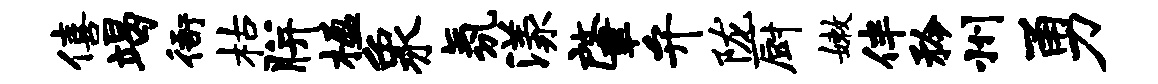
僖竭衙枯胼楹象氛漾肇弁陇厨嫩伴矜州勇